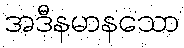
အဒီနမာနသော